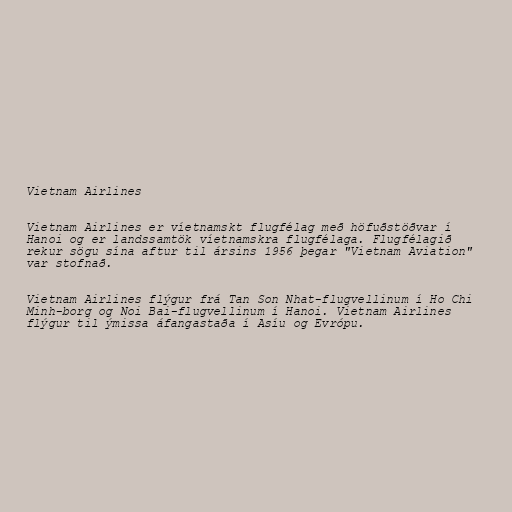
Vietnam Airlines

Vietnam Airlines er víetnamskt flugfélag með höfuðstöðvar í
Hanoi og er landssamtök víetnamskra flugfélaga. Flugfélagið
rekur sögu sína aftur til ársins 1956 þegar "Vietnam Aviation"
var stofnað.

Vietnam Airlines flýgur frá Tan Son Nhat-flugvellinum í Ho Chi
Minh-borg‎ og Noi Bai-flugvellinum í Hanoi. Vietnam Airlines
flýgur til ýmissa áfangastaða í Asíu og Evrópu.